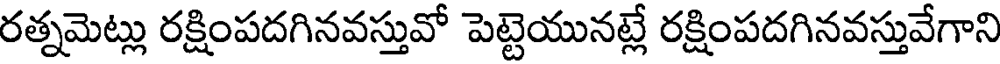
రత్నమెట్లు రక్షింపదగినవస్తువో పెట్టెయునట్లే రక్షింపదగినవస్తువేగాని